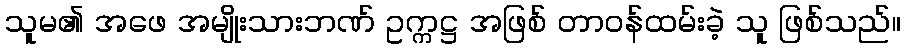
သူမ၏ အဖေ အမျိုးသားဘဏ် ဥက္ကဋ္ဌ အဖြစ် တာဝန်ထမ်းခဲ့ သူ ဖြစ်သည်။